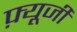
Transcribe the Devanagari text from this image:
फ़्यूजी